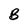
Character: B